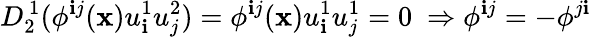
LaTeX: D_{2}^{\, 1}(\phi^{\mathbf{i}j}(\mathbf{x})u_{\mathbf{i}}^{1}u_{j}^{2})=\phi^{\mathbf{i}j}(\mathbf{x})u_{\mathbf{i}}^{1}u_{j}^{1}=0\ \Rightarrow\phi^{\mathbf{i}j}=-\phi^{j\mathbf{i}}